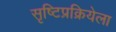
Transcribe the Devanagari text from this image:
सृष्टिप्रक्रियेला